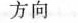
方向